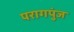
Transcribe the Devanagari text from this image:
परागपुंज